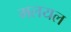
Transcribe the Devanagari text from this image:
मलयल